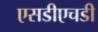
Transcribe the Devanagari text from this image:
एसडीएचडी